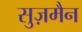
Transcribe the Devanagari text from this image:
सुज़मैन